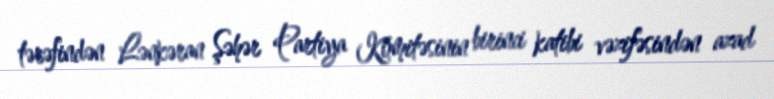
tərəfindən Lənkəran Şəhər Partiya Komitəsinin birinci katibi vəzifəsindən azad